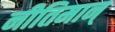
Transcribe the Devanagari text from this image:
नीतिमान्